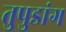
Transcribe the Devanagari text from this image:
तुपुडांग